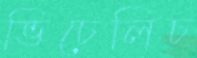
ভিচেলিচ